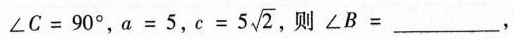
$$∠ C = 9 0 °$$，$$a = 5$$， $$ c = 5 \sqrt{2}$$ 则∠B=___，